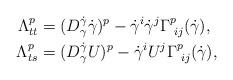
LaTeX: \begin{align*}\Lambda^p_{tt}&=(D_\gamma^{\dot\gamma}\dot\gamma)^p-\dot\gamma^i\dot\gamma^j \Gamma^p_{\,\,ij}(\dot\gamma),\\\Lambda^p_{ts}&=(D_\gamma^{\dot\gamma}U)^p-\dot\gamma^iU^j \Gamma^p_{\,\,ij}(\dot\gamma),\end{align*}